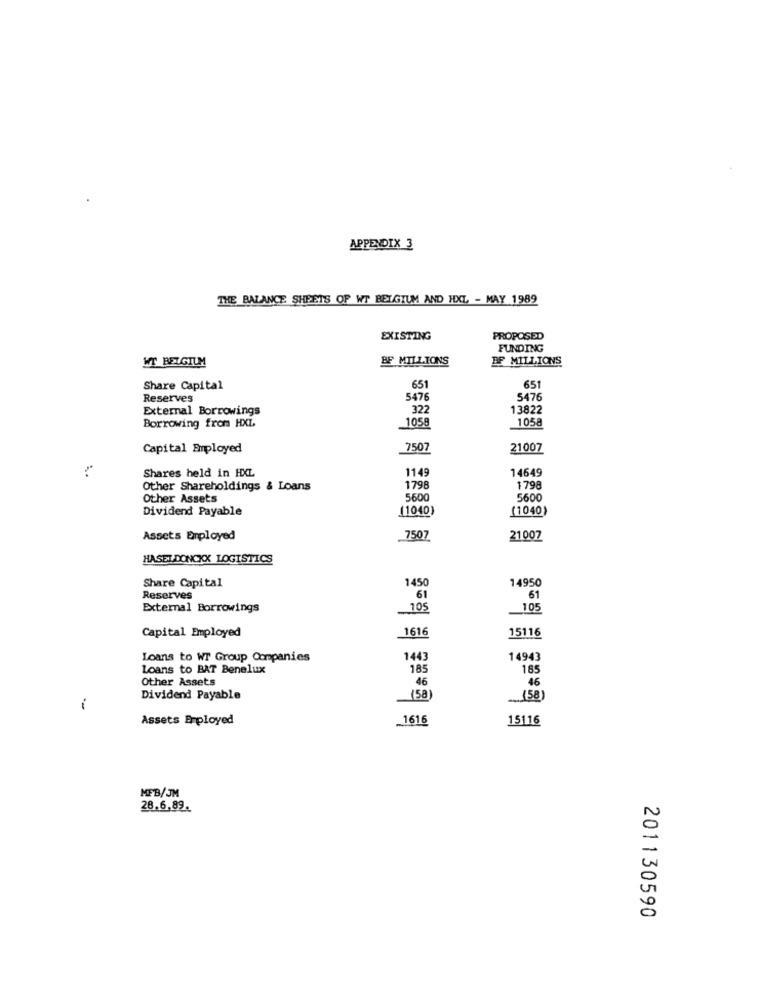
APPENDIX 3
THE BALANCE SHEETS OF WT BELGIUM AND HXL - MAY 1989
EXISTING
PROPOSED
FUNDING
WT BELGIUM
BF MILLIONS
BF MILLIONS
651
Share Capital
651
Reserves
5476
5476
External Borrowings
322
13822
Borrowing from HXL
1058
1058
Capital Employed
7507
21007
Shares held in HXL
1149
14649
Other Shareholdings & Loans
1798
1798
Other Assets
5600
5600
Dividend Payable
(1040)
(1040)
Assets Employed
7507
21007
HASEL DONCKK LOGISTICS
1450
14950
Share Capital
Reserves
61
61
External Borrowings
105
105
Capital Employed
1616
15116
Loans to WT Group Companies
1443
14943
Loans to BAT Benelux
185
165
Other Assets
46
46
Dividend Payable
(58)
(58)
-
Assets Employed
1616
15116
MEB/JM
28.6.89.
201130590